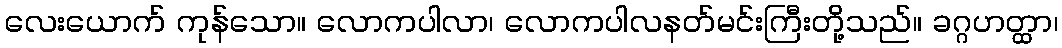
လေးယောက် ကုန်သော။ လောကပါလာ၊ လောကပါလနတ်မင်းကြီးတို့သည်။ ခဂ္ဂဟတ္ထာ၊